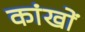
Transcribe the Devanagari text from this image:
कांखों